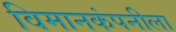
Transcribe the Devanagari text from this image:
विमानकंपनीला